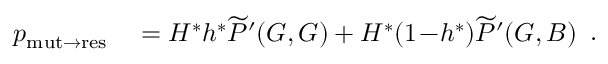
\begin{array} { r l } { p _ { \mathrm { m u t \to r e s } } } & { { } = H ^ { \ast } h ^ { \ast } \widetilde { P } ^ { \prime } ( G , G ) + H ^ { \ast } ( 1 \! - \! h ^ { \ast } ) \widetilde { P } ^ { \prime } ( G , B ) } \end{array} .